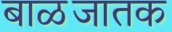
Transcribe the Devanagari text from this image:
बाळजातक